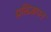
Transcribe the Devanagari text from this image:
प्रतिज्ञापन